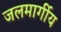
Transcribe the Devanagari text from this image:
जलमार्गीय